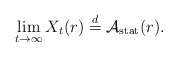
\begin{align*}\lim_{t\to\infty}X_t(r)\stackrel{d}{=}\mathcal{A}_{\rm stat}(r).\end{align*}